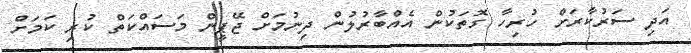
އަދި ސަރުކާރަށް ހުރިހާ ގޮތަކުން އެއްބާރުލުން ދިނުމަށް ޖޭޕީން މަސައްކަތް ކުރި ކަމަށް